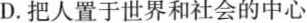
D.把人置于世界和社会的中心